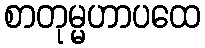
စာတုမ္မဟာပထေ